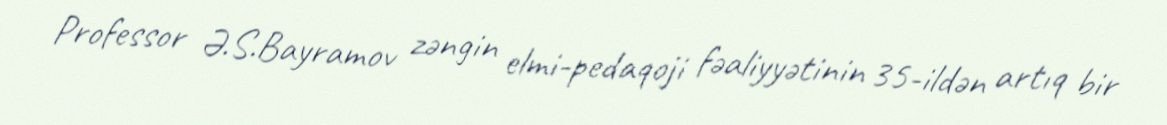
Professor Ə.S.Bayramov zəngin elmi-pedaqoji fəaliyyətinin 35-ildən artıq bir